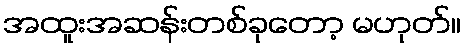
အထူးအဆန်းတစ်ခုတော့ မဟုတ်။